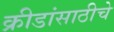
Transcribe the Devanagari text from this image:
क्रीडांसाठीचे